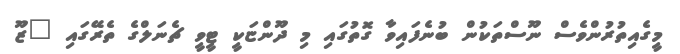
މީގެއިތުރުންވެސް ނޫސްތަކުން ބުނެފައިވާ ގޮތުގައި މި ދޫންޏަކީ ޓީވީ ޗެނަލްގެ ތެރޭގައި "ޒޫ